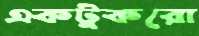
একটুকরো